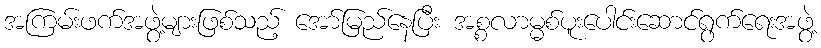
အကြမ်းဖက်အဖွဲ့များဖြစ်သည့် အော်မြည်နေပြီး အစ္စလာမ္မစ်ပူးပေါင်းဆောင်ရွက်ရေးအဖွဲ့